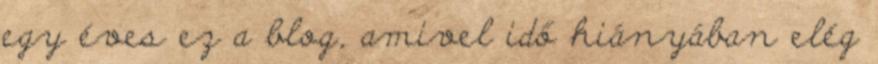
egy éves ez a blog, amivel idő hiányában elég